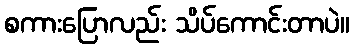
စကားပြောလည်း သိပ်ကောင်းတာပဲ။